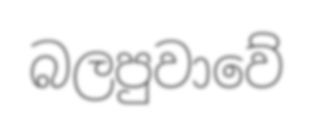
බලපුවාවේ